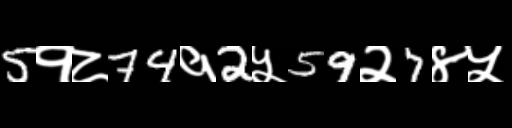
Text: 5१८74१2५59२7४५